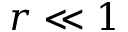
r \ll 1